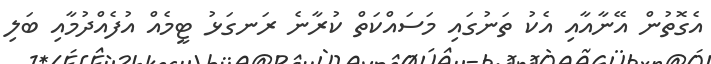
އެގޮތުން އޭނާއާއި އެކު ތަނުގައި މަސައްކަތް ކުރާނެ ރަނގަޅު ޓީމެއް އުފެއްދުމާއި ބަލި